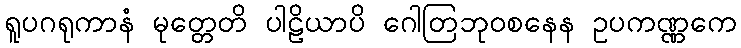
ရူပဂရုကာနံ မုတ္တေတိ ပါဠိယာပိ ဂေါတြဘုဝစနေန ဥပကဏ္ဏကေ